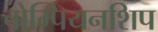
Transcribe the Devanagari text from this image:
चोम्पियनशिप